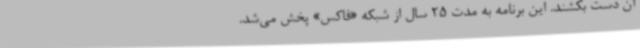
آن دست بکشند. این برنامه به مدت 25 سال از شبکه «‌فاکس» پخش می‌شد.